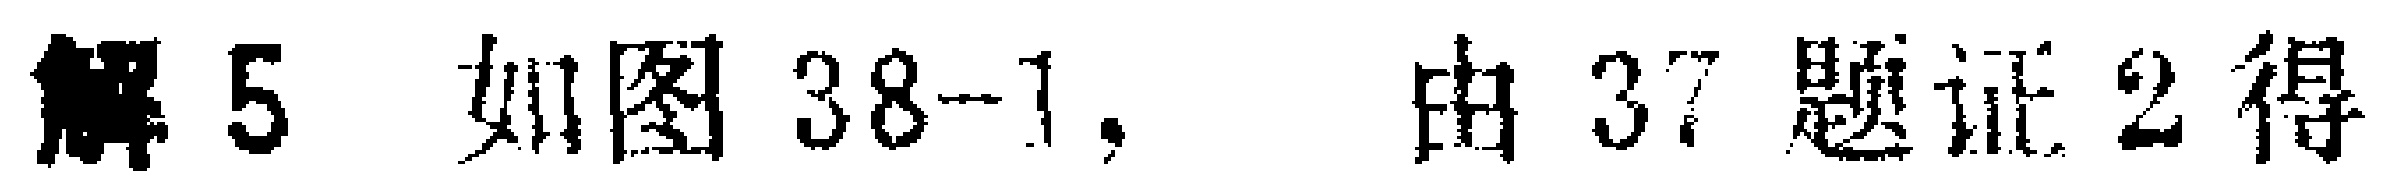
解 5 如图 38-1, 由 37 题证 2 得